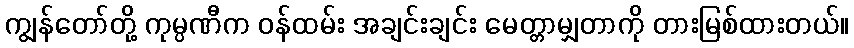
ကျွန်တော်တို့ ကုမ္ပဏီက ဝန်ထမ်း အချင်းချင်း မေတ္တာမျှတာကို တားမြစ်ထားတယ်။